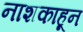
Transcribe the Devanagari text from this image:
नाशकाहून